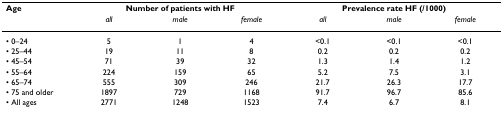
| Age | <COLSPAN=3> Number of patients with HF | <COLSPAN=3> Prevalence rate HF (/1000) |
 |  | all | male | female | all | male | female |
 | --- | --- | --- | --- | --- | --- | --- |
 | • 0–24 | 5 | 1 | 4 | <0.1 | <0.1 | <0.1 |
 | • 25–44 | 19 | 11 | 8 | 0.2 | 0.2 | 0.2 |
 | • 45–54 | 71 | 39 | 32 | 1.3 | 1.4 | 1.2 |
 | • 55–64 | 224 | 159 | 65 | 5.2 | 7.5 | 3.1 |
 | • 65–74 | 555 | 309 | 246 | 21.7 | 26.3 | 17.7 |
 | • 75 and older | 1897 | 729 | 1168 | 91.7 | 96.7 | 85.6 |
 | • All ages | 2771 | 1248 | 1523 | 7.4 | 6.7 | 8.1 |